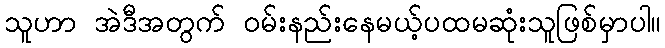
သူဟာ အဲဒီအတွက် ဝမ်းနည်းနေမယ့်ပထမဆုံးသူဖြစ်မှာပါ။